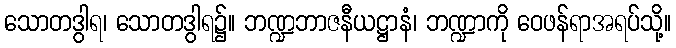
သောတဒွါရ၊ သောတဒွါရ၌။ ဘဏ္ဍဘာဇနီယဋ္ဌာနံ၊ ဘဏ္ဍာကို ဝေဖန်ရာအရပ်သို့။